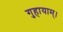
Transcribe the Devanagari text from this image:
गुहायाम्।